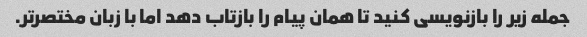
جمله زیر را بازنویسی کنید تا همان پیام را بازتاب دهد اما با زبان مختصرتر.